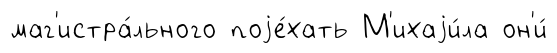
маг'истра́льного поjе́хать М'ихаjи́ла он'и́